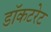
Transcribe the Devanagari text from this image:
डॉकटरेट